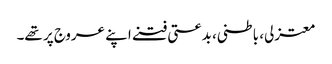
معتزلی، باطنی، بدعتی فتنے اپنے عروج پر تھے۔